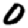
Digit: 0